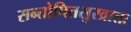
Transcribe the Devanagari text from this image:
सन्तोषितसुरव्रातः